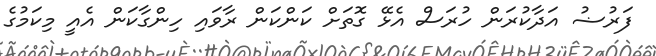
ފަރުޟު އަދާކުރަން ހުރަސް އެޅޭ ގޮތަށް ކަންކަން ރާވައި ހިންގާކަން އެއީ މިކަމުގެ